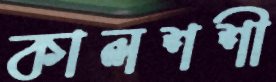
কালশশী